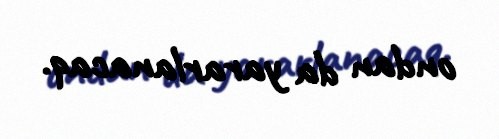
ondan da yararlanacaq.